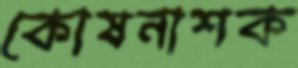
কোষনাশক